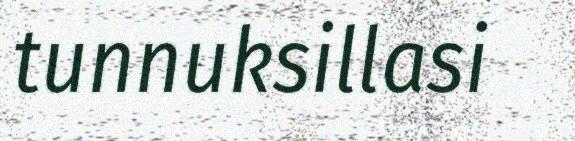
tunnuksillasi